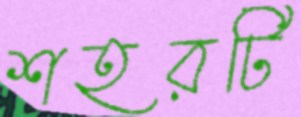
শহরটি